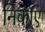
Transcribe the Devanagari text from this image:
निकाएं